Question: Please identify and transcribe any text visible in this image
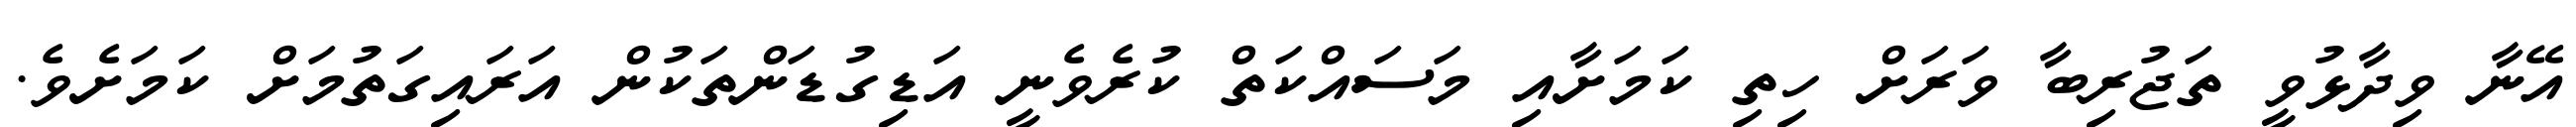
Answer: އޭނާ ވިދާޅުވީ ތަޖުރިބާ ވަރަށް ހިތި ކަމަށާއި މަސައްކަތް ކުރެވެނީ އަޑިގުޑަންތަކުން އަރައިގަތުމަށް ކަމަށެވެ.